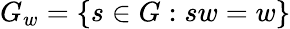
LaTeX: G_{w}=\{ s\in G:sw=w\}